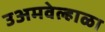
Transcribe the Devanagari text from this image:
उअमवेल्हाळा